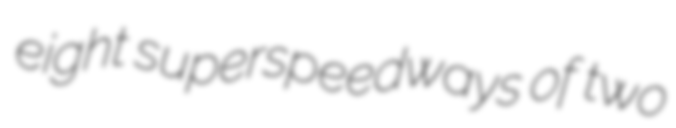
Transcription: eight superspeedways of two